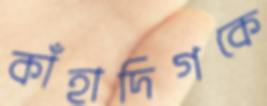
কাঁহাদিগকে